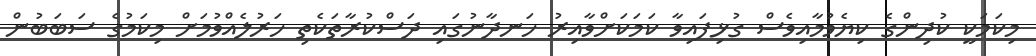
މިކަމަކީ ކުދިންގެ ކިޔެވުމާއިވެސް ގުޅިފައިވާ ކަމަކަށްވާއިރު ހަނދާނުގައި ދަސްކުރާތަކެތި ހަރުލެއްވުމަށް މިކަމުގެ ސަބަބުން